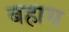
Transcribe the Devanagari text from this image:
बहाय